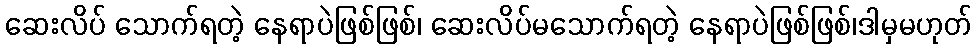
ဆေးလိပ် သောက်ရတဲ့ နေရာပဲဖြစ်ဖြစ်၊ ဆေးလိပ်မသောက်ရတဲ့ နေရာပဲဖြစ်ဖြစ်၊ဒါမှမဟုတ်